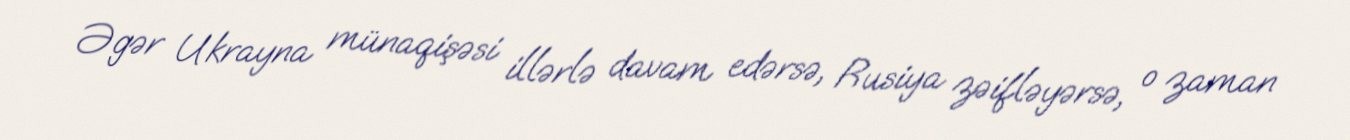
Əgər Ukrayna münaqişəsi illərlə davam edərsə, Rusiya zəifləyərsə, o zaman